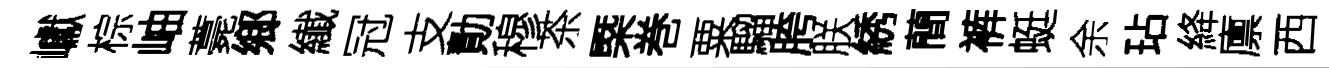
巘棕岫薧鄉纎冠支勣穆茶槩巻粟騮胯朕綉蕳裤蜓余玷絳廪西